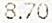
8.70